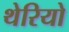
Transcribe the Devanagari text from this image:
थेरियो